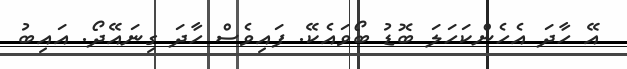
އޭ ހާދަ އެހެންކަހަލަ ބޮޑު ބޯވައެކޭ. ފައިވެސް ހާދަ ގިނައޭދޯ. އައިބު